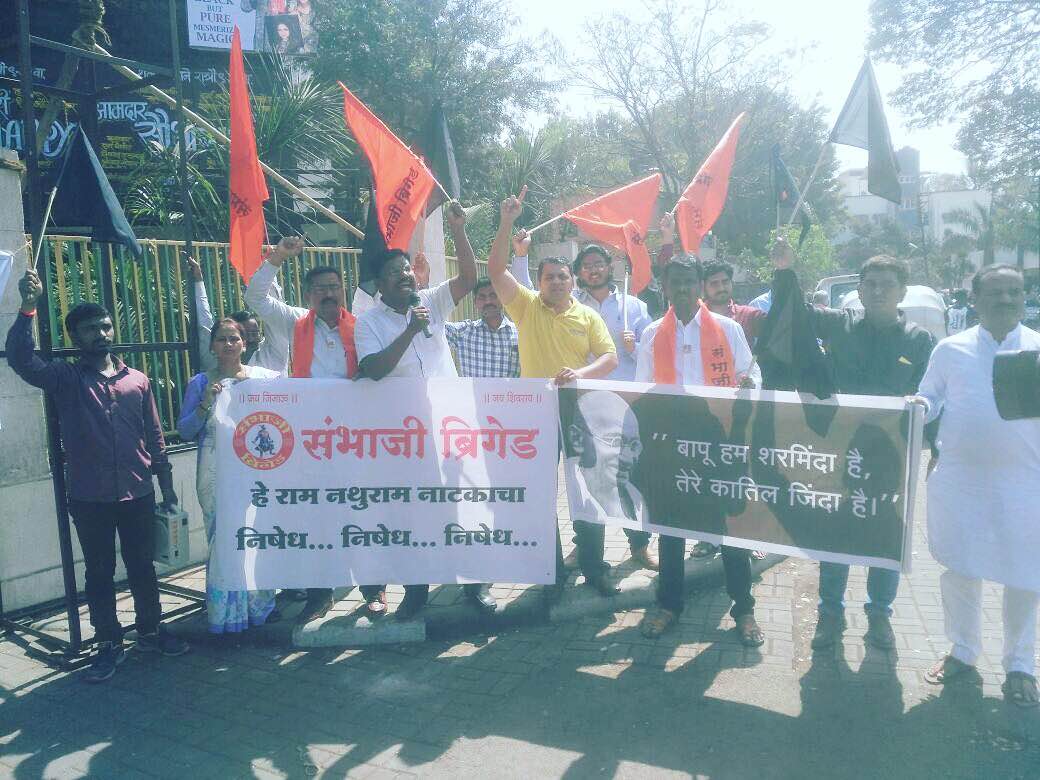
Language: marathi
Transcription: संभाजी बापू हम शरमिंदा तेरे जिंदा हे राम नथुराम नाटकाचा निषेध... निषेध... ब्रिगेड निषेध... कातिल